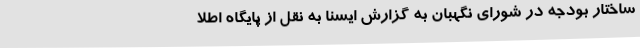
ساختار بودجه در شورای نگهبان به گزارش ایسنا به نقل از پایگاه اطلا